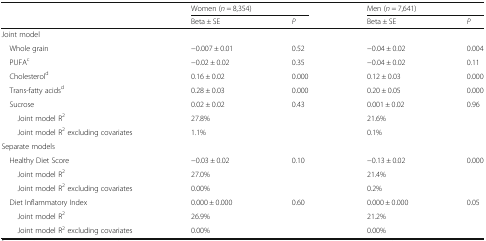
| <ROWSPAN=2>  | <COLSPAN=2> Women (n = 8,354) | <COLSPAN=2> Men (n = 7,641) |
 | Beta ± SE | P | Beta ± SE | P |
 | --- | --- | --- | --- | --- |
 | <COLSPAN=5> Joint model |
 | Whole grain | −0.007 ± 0.01 | 0.52 | −0.04 ± 0.02 | 0.004 |
 | PUFAc | −0.02 ± 0.02 | 0.35 | −0.04 ± 0.02 | 0.11 |
 | Cholesterold | 0.16 ± 0.02 | 0.000 | 0.12 ± 0.03 | 0.000 |
 | Trans-fatty acidsd | 0.28 ± 0.03 | 0.000 | 0.20 ± 0.05 | 0.000 |
 | Sucrose | 0.02 ± 0.02 | 0.43 | 0.001 ± 0.02 | 0.96 |
 | Joint model R2 | <COLSPAN=2> 27.8% | <COLSPAN=2> 21.6% |
 | Joint model R2 excluding covariates | <COLSPAN=2> 1.1% | <COLSPAN=2> 0.1% |
 | <COLSPAN=5> Separate models |
 | Healthy Diet Score | −0.03 ± 0.02 | 0.10 | −0.13 ± 0.02 | 0.000 |
 | Joint model R2 | <COLSPAN=2> 27.0% | <COLSPAN=2> 21.4% |
 | Joint model R2 excluding covariates | <COLSPAN=2> 0.00% | <COLSPAN=2> 0.2% |
 | Diet Inflammatory Index | 0.000 ± 0.000 | 0.60 | 0.000 ± 0.000 | 0.05 |
 | Joint model R2 | <COLSPAN=2> 26.9% | <COLSPAN=2> 21.2% |
 | Joint model R2 excluding covariates | <COLSPAN=2> 0.00% | <COLSPAN=2> 0.00% |